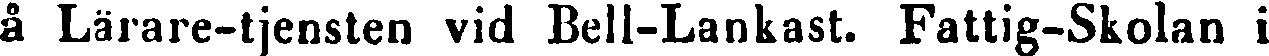
å Lärare-tjensten vid Bell-Lankast. Fattig-Skolan i